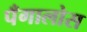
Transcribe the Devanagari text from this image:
पँगालोस